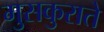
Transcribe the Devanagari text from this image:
मुसकुराते